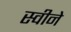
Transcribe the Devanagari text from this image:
स्वीने